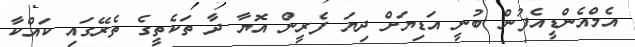
އެމްއެންޑީއެފުން ބުނީ އަޑިޔަށް ދިޔަ ފެރީން އޮޔާ ދާ ތަކެތީގެ ތެރޭގައި ކައްކާ